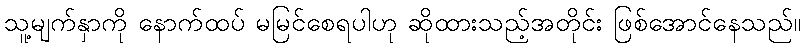
သူ့မျက်နှာကို နောက်ထပ် မမြင်စေရပါဟု ဆိုထားသည့်အတိုင်း ဖြစ်အောင်နေသည်။